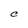
Character: C